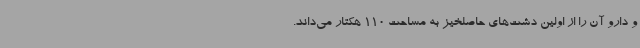
و دارو آن را از اولین دشت‌های حاصلخیز به مساحت 110 هکتار می‌داند.